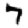
Digit: 7